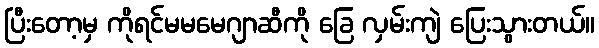
ပြီးတော့မှ ကိုရင်မမမေဂျာဆီကို ခြေ လှမ်းကျဲ ပြေးသွားတယ်။